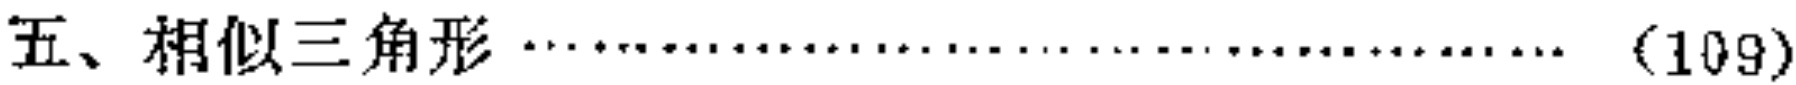
五、相似三角形\(\cdots\cdots\cdots\cdots\cdots\cdots\cdots\cdots\cdots\cdots\cdots\cdots\cdots\cdots\cdots\cdots\)（109）